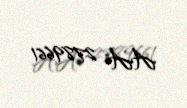
AA 2789661